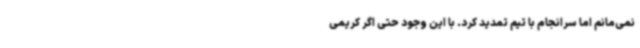
نمی‌مانم اما سرانجام با تیم تمدید کرد. با این وجود حتی اگر کریمی